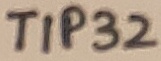
Text: TIP32